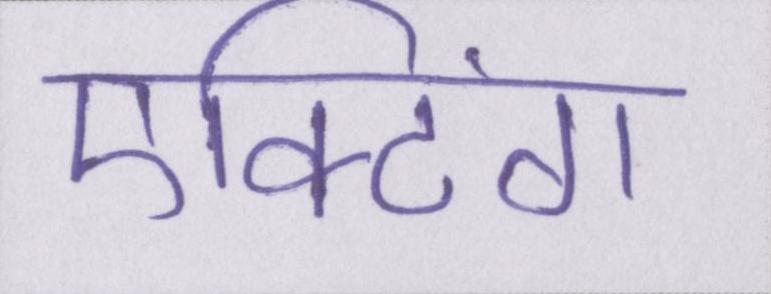
एक्टिंग